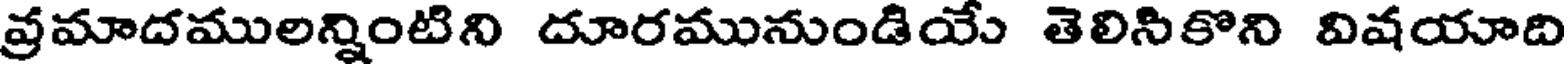
వ్రమాదములన్నింటిని దూరమునుండియే తెలిసికొని విషయాది